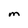
Character: M